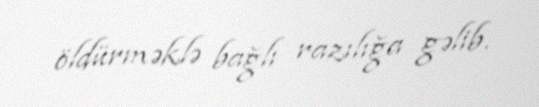
öldürməklə bağlı razılığa gəlib.